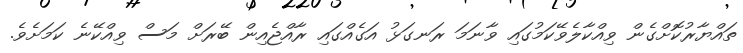
ތައްޔާރުކޮށްގެން ވިއްކާލެވޭކަމުގައި ވާނަމަ ރަނގަޅު އަގެއްގައި ރާއްޖެއިން ބޭރަށް މަސް ވިއްކޭނެ ކަމަށެވެ.